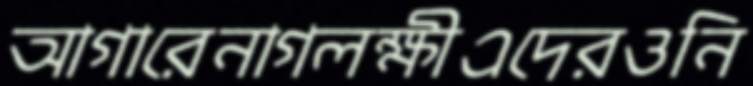
আগারেনাগলক্ষীএদেরওনি